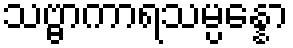
သဗ္ဗာကာရသမ္ပန္နော